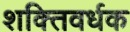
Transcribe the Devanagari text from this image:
शक्‍तिवर्धक